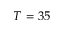
T = 3 5